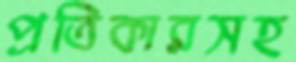
প্রতিকারসহ